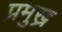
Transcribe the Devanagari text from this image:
प्रमुख्र